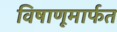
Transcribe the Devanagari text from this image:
विषाणूमार्फत